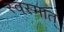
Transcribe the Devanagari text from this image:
स्वस्मात्